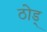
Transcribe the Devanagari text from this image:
ठोड्